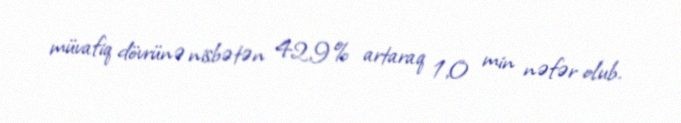
müvafiq dövrünə nisbətən 42,9% artaraq 1,0 min nəfər olub.